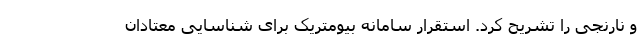
و نارنجی را تشریح کرد. استقرار سامانه بیومتریک برای شناسایی معتادان